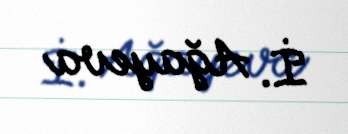
İ. Ağayeva